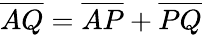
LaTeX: \overline{{AQ}}=\overline{{AP}}+\overline{{PQ}}